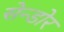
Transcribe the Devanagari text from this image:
सेन्डोर